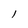
Character: I